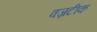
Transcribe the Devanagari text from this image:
वज्रटीक